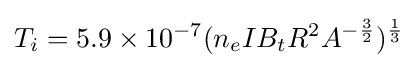
T_{i}=5.9\times 10^{-7}(n_{e}IB_{t}R^{2}A^{-{\frac {3}{2}}})^{\frac {1}{3}}